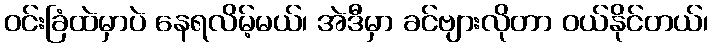
ဝင်းခြံထဲမှာပဲ နေရလိမ့်မယ်၊ အဲဒီမှာ ခင်ဗျားလိုတာ ဝယ်နိုင်တယ်၊